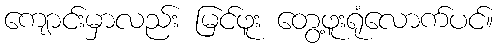
ကျောင်းမှာလည်း မြင်ဖူး တွေ့ဖူးရုံလောက်ပင်။